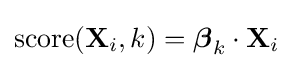
\operatorname {score} (\mathbf {X} _{i},k)={\boldsymbol {\beta }}_{k}\cdot \mathbf {X} _{i}